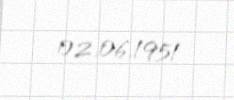
02.06.1951